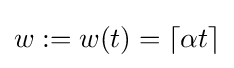
w:=w(t)=\lceil \alpha t\rceil